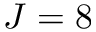
J = 8